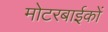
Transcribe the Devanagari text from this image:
मोटरबाईकों